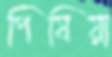
পিষিয়া